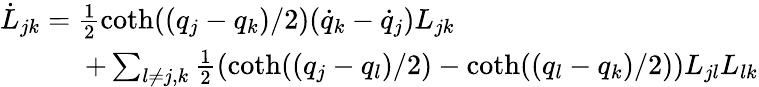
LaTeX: \begin{array}{l}{{\dot{L}_{jk}=\frac{1}{2}\coth((q_{j}-q_{k})/2)(\dot{q}_{k}-\dot{q}_{j})L_{jk}}}\\ {{\quad\quad\quad+\sum_{l\neq j,k}\frac{1}{2}(\coth((q_{j}-q_{l})/2)-\coth((q_{l}-q_{k})/2))L_{jl}L_{lk}}}\end{array}